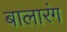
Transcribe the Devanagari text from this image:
बालारंग